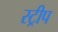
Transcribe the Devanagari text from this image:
स्‍ट्रीप